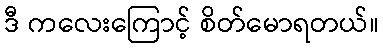
ဒီ ကလေးကြောင့် စိတ်မောရတယ်။